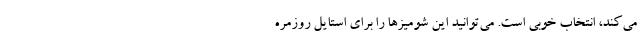
می‌کند، انتخاب خوبی است. می‌توانید این شومیزها را برای استایل روزمره